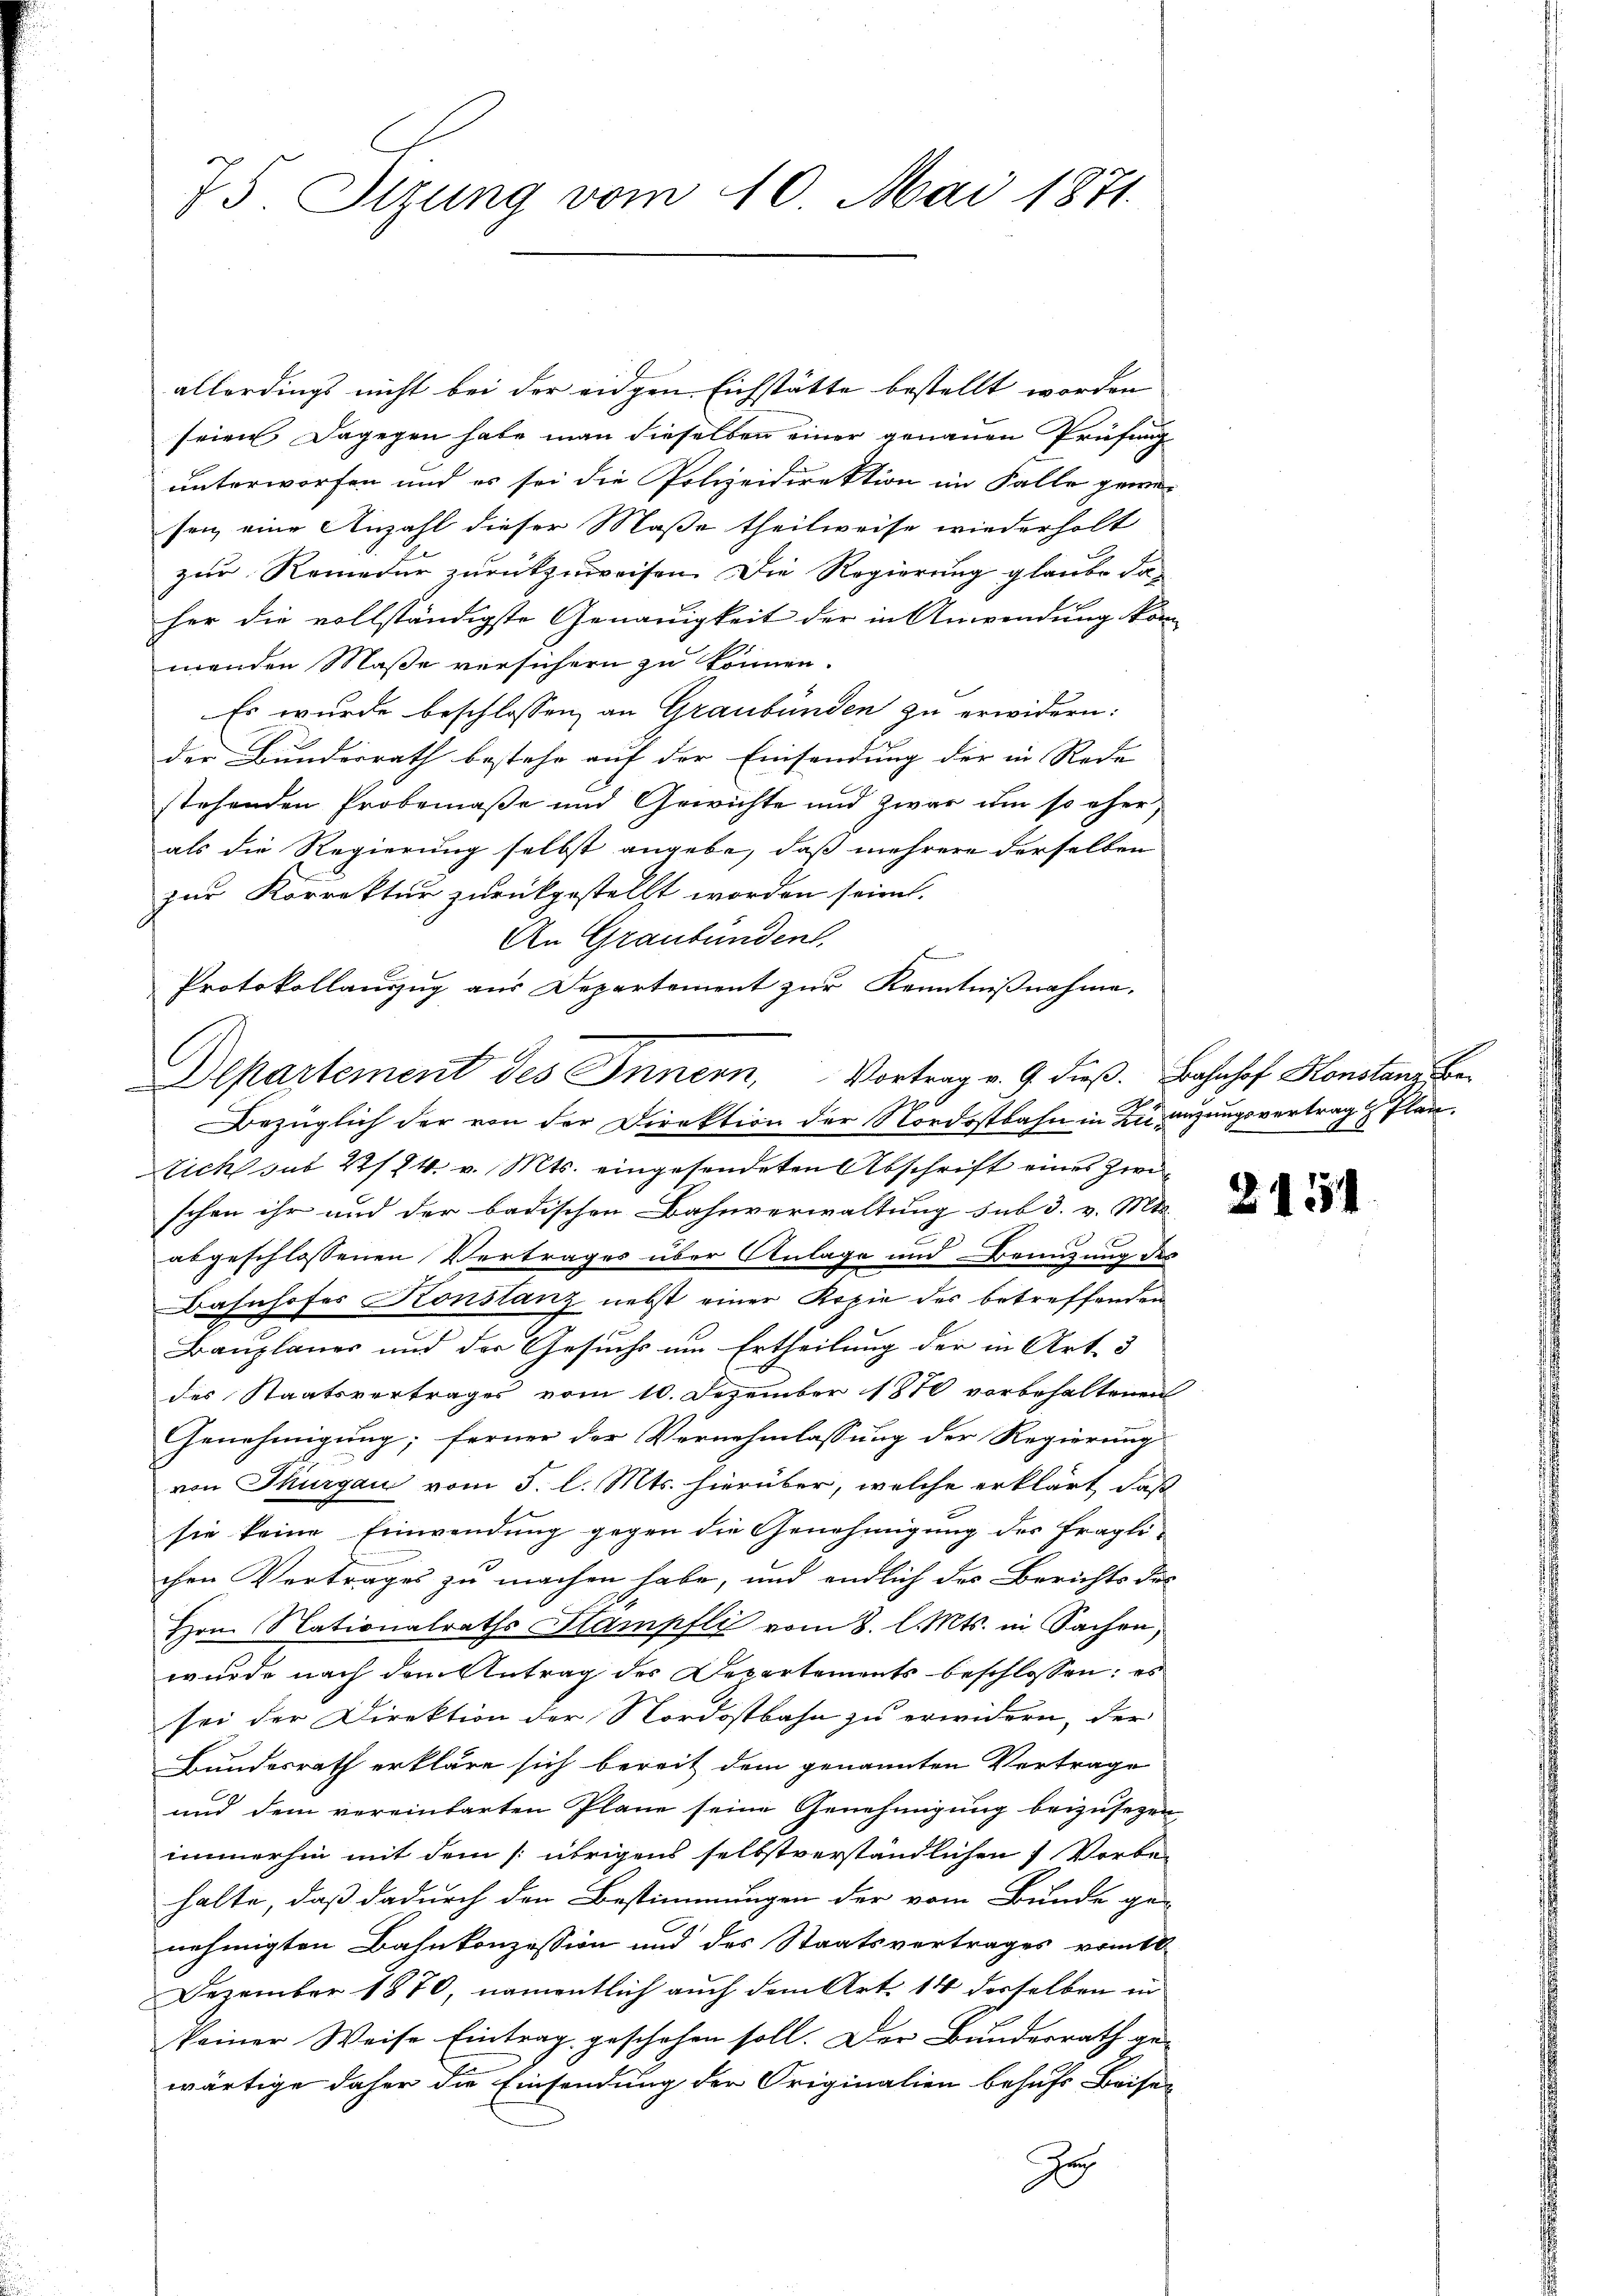
75. Stzung vom 10. Mai 1871.

allerdings nicht bei der eidgen Eichstätte bestellt worden
seien dagegen habe man dieselben einer genauen Prüfung
unterworfen und es sei die Polizeidirektion im Falle gewesen, eine Anzahl dieser Maße theilweise wiederholt
zur Remedur zurückzuweisen. Die Regierung glaube da-
her die vollständigste Genauigkeit der in Anwendung kom
menden Maße versichern zu können.
Es wurde beschlossen, an Graubünden zu erwidern:
der Bunderrath bestehe auf der Einsendung der in Rede
stehenden Probemaße und Gewichte und zwar um so eher
als die Regierung selbst angebe, daß mehrere derselben
zur Korrektur zurückgestellt worden seien.
An Graubünden.
Protokollauszug aus Departement zur Kenntnißnahme.
Bezüglich der von der Direktion der Nordostbahn in Zu anzungsvertrag Plan
Eich sub 224. v. Mts. eingesendeten Abschrift eines zwischon ihr und der badischen Bahnverwaltung sub 3. v. Mts.
abgeschlossenen Vertrages über Anlage und Brünzung des
Bahnhofer Konstanz nebst einer Kopie des betreffenden
Bauplauer und der Gesuchs um Ertheilung der in Art. 3
des Staatsvertrages vom 10. Dezember 1870 vorbehaltenen
Genehmigung; ferner der Vernehmlassung der Regierung
von Thurgau vom 5. l. Mts. hierüber, welche erklärt, daß
sie keine Einwendung gegen die Genehmigung des fraglichen Vertrages zu machen habe, und endlich des Berichts des
Hrn. Nationalraths Stampfli vom 8. l. Mts. in Sachen,
wurde nach dem Antrag des Departements beschlossen: es
sei der Direktion der Nordostbahn zu erwidern, der
Bundesrath erkläre sich bereit dem genannten Vertrage
und dem vereinbarten Pläne seine Genehmigung beizusezen
immerhin mit dem [: übrigens selbstverständlichen 1 Vorbe-
halte, daß dadurch den Bestimmungen der vom Bunde ge-
nehmigten Bahnkonzession und des Staatsvertrages vom 10.
Dezember 1870, namentlich auch dem Art. 14 derselben in
keiner Weise Eintrag geschehen soll. Der Bundesrath gewärtige daher die Einsendung der Originalien behufs Beisen
J

Departement des Innern, Vortrag v. 9. dieß. Bahnhof Konstanz, Be¬

6

2151